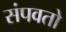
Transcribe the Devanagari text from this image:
संपवतो